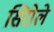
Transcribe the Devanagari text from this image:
सिरोले